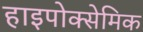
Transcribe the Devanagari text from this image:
हाइपोक्सेमिक